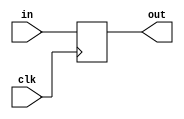
module coreir_reg #(
    parameter width = 1,
    parameter clk_posedge = 1,
    parameter init = 1
) (
    input clk,
    input [width-1:0] in,
    output [width-1:0] out
);
  reg [width-1:0] outReg=init;
  wire real_clk;
  assign real_clk = clk_posedge ? clk : ~clk;
  always @(posedge real_clk) begin
    outReg <= in;
  end
  assign out = outReg;
endmodule

module DFF_init1_has_ceFalse_has_resetFalse_has_async_resetFalse (
    input I,
    output O,
    input CLK
);
wire [0:0] reg_P_inst0_out;
coreir_reg #(
    .clk_posedge(1'b1),
    .init(1'h1),
    .width(1)
) reg_P_inst0 (
    .clk(CLK),
    .in(I),
    .out(reg_P_inst0_out)
);
assign O = reg_P_inst0_out[0];
endmodule

module DFF_init0_has_ceFalse_has_resetFalse_has_async_resetFalse (
    input I,
    output O,
    input CLK
);
wire [0:0] reg_P_inst0_out;
coreir_reg #(
    .clk_posedge(1'b1),
    .init(1'h0),
    .width(1)
) reg_P_inst0 (
    .clk(CLK),
    .in(I),
    .out(reg_P_inst0_out)
);
assign O = reg_P_inst0_out[0];
endmodule

module Ring8_0001 (
    output [7:0] O,
    input CLK
);
wire DFF_init0_has_ceFalse_has_resetFalse_has_async_resetFalse_inst0_O;
wire DFF_init0_has_ceFalse_has_resetFalse_has_async_resetFalse_inst1_O;
wire DFF_init0_has_ceFalse_has_resetFalse_has_async_resetFalse_inst2_O;
wire DFF_init0_has_ceFalse_has_resetFalse_has_async_resetFalse_inst3_O;
wire DFF_init0_has_ceFalse_has_resetFalse_has_async_resetFalse_inst4_O;
wire DFF_init0_has_ceFalse_has_resetFalse_has_async_resetFalse_inst5_O;
wire DFF_init0_has_ceFalse_has_resetFalse_has_async_resetFalse_inst6_O;
wire DFF_init1_has_ceFalse_has_resetFalse_has_async_resetFalse_inst0_O;
DFF_init0_has_ceFalse_has_resetFalse_has_async_resetFalse DFF_init0_has_ceFalse_has_resetFalse_has_async_resetFalse_inst0 (
    .I(DFF_init1_has_ceFalse_has_resetFalse_has_async_resetFalse_inst0_O),
    .O(DFF_init0_has_ceFalse_has_resetFalse_has_async_resetFalse_inst0_O),
    .CLK(CLK)
);
DFF_init0_has_ceFalse_has_resetFalse_has_async_resetFalse DFF_init0_has_ceFalse_has_resetFalse_has_async_resetFalse_inst1 (
    .I(DFF_init0_has_ceFalse_has_resetFalse_has_async_resetFalse_inst0_O),
    .O(DFF_init0_has_ceFalse_has_resetFalse_has_async_resetFalse_inst1_O),
    .CLK(CLK)
);
DFF_init0_has_ceFalse_has_resetFalse_has_async_resetFalse DFF_init0_has_ceFalse_has_resetFalse_has_async_resetFalse_inst2 (
    .I(DFF_init0_has_ceFalse_has_resetFalse_has_async_resetFalse_inst1_O),
    .O(DFF_init0_has_ceFalse_has_resetFalse_has_async_resetFalse_inst2_O),
    .CLK(CLK)
);
DFF_init0_has_ceFalse_has_resetFalse_has_async_resetFalse DFF_init0_has_ceFalse_has_resetFalse_has_async_resetFalse_inst3 (
    .I(DFF_init0_has_ceFalse_has_resetFalse_has_async_resetFalse_inst2_O),
    .O(DFF_init0_has_ceFalse_has_resetFalse_has_async_resetFalse_inst3_O),
    .CLK(CLK)
);
DFF_init0_has_ceFalse_has_resetFalse_has_async_resetFalse DFF_init0_has_ceFalse_has_resetFalse_has_async_resetFalse_inst4 (
    .I(DFF_init0_has_ceFalse_has_resetFalse_has_async_resetFalse_inst3_O),
    .O(DFF_init0_has_ceFalse_has_resetFalse_has_async_resetFalse_inst4_O),
    .CLK(CLK)
);
DFF_init0_has_ceFalse_has_resetFalse_has_async_resetFalse DFF_init0_has_ceFalse_has_resetFalse_has_async_resetFalse_inst5 (
    .I(DFF_init0_has_ceFalse_has_resetFalse_has_async_resetFalse_inst4_O),
    .O(DFF_init0_has_ceFalse_has_resetFalse_has_async_resetFalse_inst5_O),
    .CLK(CLK)
);
DFF_init0_has_ceFalse_has_resetFalse_has_async_resetFalse DFF_init0_has_ceFalse_has_resetFalse_has_async_resetFalse_inst6 (
    .I(DFF_init0_has_ceFalse_has_resetFalse_has_async_resetFalse_inst5_O),
    .O(DFF_init0_has_ceFalse_has_resetFalse_has_async_resetFalse_inst6_O),
    .CLK(CLK)
);
DFF_init1_has_ceFalse_has_resetFalse_has_async_resetFalse DFF_init1_has_ceFalse_has_resetFalse_has_async_resetFalse_inst0 (
    .I(DFF_init0_has_ceFalse_has_resetFalse_has_async_resetFalse_inst6_O),
    .O(DFF_init1_has_ceFalse_has_resetFalse_has_async_resetFalse_inst0_O),
    .CLK(CLK)
);
assign O = {DFF_init0_has_ceFalse_has_resetFalse_has_async_resetFalse_inst6_O,DFF_init0_has_ceFalse_has_resetFalse_has_async_resetFalse_inst5_O,DFF_init0_has_ceFalse_has_resetFalse_has_async_resetFalse_inst4_O,DFF_init0_has_ceFalse_has_resetFalse_has_async_resetFalse_inst3_O,DFF_init0_has_ceFalse_has_resetFalse_has_async_resetFalse_inst2_O,DFF_init0_has_ceFalse_has_resetFalse_has_async_resetFalse_inst1_O,DFF_init0_has_ceFalse_has_resetFalse_has_async_resetFalse_inst0_O,DFF_init1_has_ceFalse_has_resetFalse_has_async_resetFalse_inst0_O};
endmodule